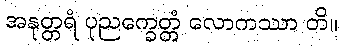
အနုတ္တရံ ပုညက္ခေတ္တံ လောကဿာ တိ။